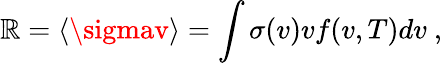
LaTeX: \mathbb{R}=\langle\sigmav\rangle=\int\sigma(v)vf(v,T)dv\ ,